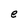
Character: e